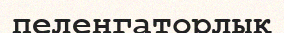
пеленгаторлық